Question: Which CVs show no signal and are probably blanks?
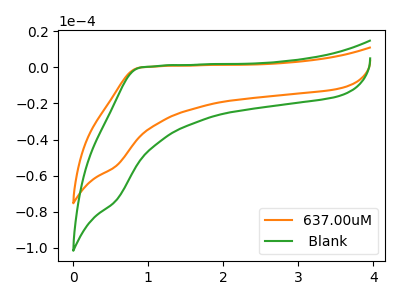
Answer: <think>The orange curve "637.00uM" has no peaks. The green curve " Blank" has no peaks.</think>
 <answer>"637.00uM" and " Blank" are likely to be blanks.</answer>
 <eval>"637.00uM", " Blank"</eval>